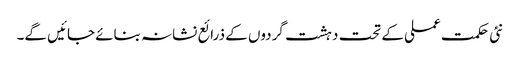
نئی حکمت عملی کے تحت دہشت گردوں کے ذرائع نشانہ بنائے جائیں گے۔